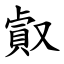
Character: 㕢